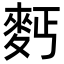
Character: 麫